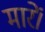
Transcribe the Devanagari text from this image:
मारें।